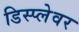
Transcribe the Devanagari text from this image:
डिस्प्लेवर